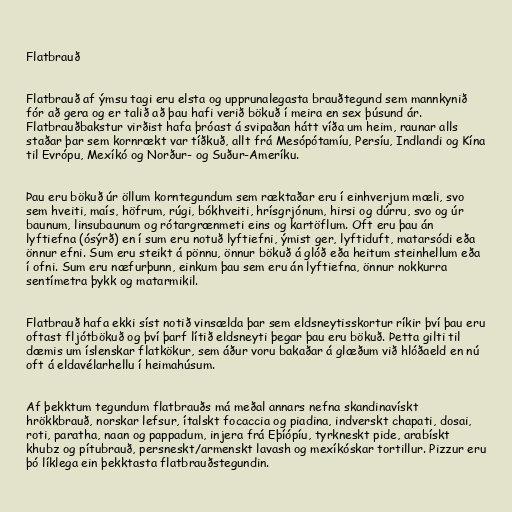
Flatbrauð

Flatbrauð af ýmsu tagi eru elsta og upprunalegasta brauðtegund sem mannkynið
fór að gera og er talið að þau hafi verið bökuð í meira en sex þúsund ár.
Flatbrauðbakstur virðist hafa þróast á svipaðan hátt víða um heim, raunar alls
staðar þar sem kornrækt var tíðkuð, allt frá Mesópótamíu, Persíu, Indlandi og Kína
til Evrópu, Mexíkó og Norður- og Suður-Ameríku.

Þau eru bökuð úr öllum korntegundum sem ræktaðar eru í einhverjum mæli, svo
sem hveiti, maís, höfrum, rúgi, bókhveiti, hrísgrjónum, hirsi og dúrru, svo og úr
baunum, linsubaunum og rótargrænmeti eins og kartöflum. Oft eru þau án
lyftiefna (ósýrð) en í sum eru notuð lyftiefni, ýmist ger, lyftiduft, matarsódi eða
önnur efni. Sum eru steikt á pönnu, önnur bökuð á glóð eða heitum steinhellum eða
í ofni. Sum eru næfurþunn, einkum þau sem eru án lyftiefna, önnur nokkurra
sentímetra þykk og matarmikil.

Flatbrauð hafa ekki síst notið vinsælda þar sem eldsneytisskortur ríkir því þau eru
oftast fljótbökuð og því þarf lítið eldsneyti þegar þau eru bökuð. Þetta gilti til
dæmis um íslenskar flatkökur, sem áður voru bakaðar á glæðum við hlóðaeld en nú
oft á eldavélarhellu í heimahúsum.

Af þekktum tegundum flatbrauðs má meðal annars nefna skandinavískt
hrökkbrauð, norskar lefsur, ítalskt focaccia og piadina, indverskt chapati, dosai,
roti, paratha, naan og pappadum, injera frá Eþíópíu, tyrkneskt pide, arabískt
khubz og pítubrauð, persneskt/armenskt lavash og mexíkóskar tortillur. Pizzur eru
þó líklega ein þekktasta flatbrauðstegundin.